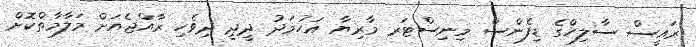
ރައީސް ސާލިހްގެ ޑިފެންސް މިނިސްޓަރ މާރިޔާ އަހުމަދު ދީދީ ދިވެހި ރާއްޖެއަށް މަލާމާތްކޮށް